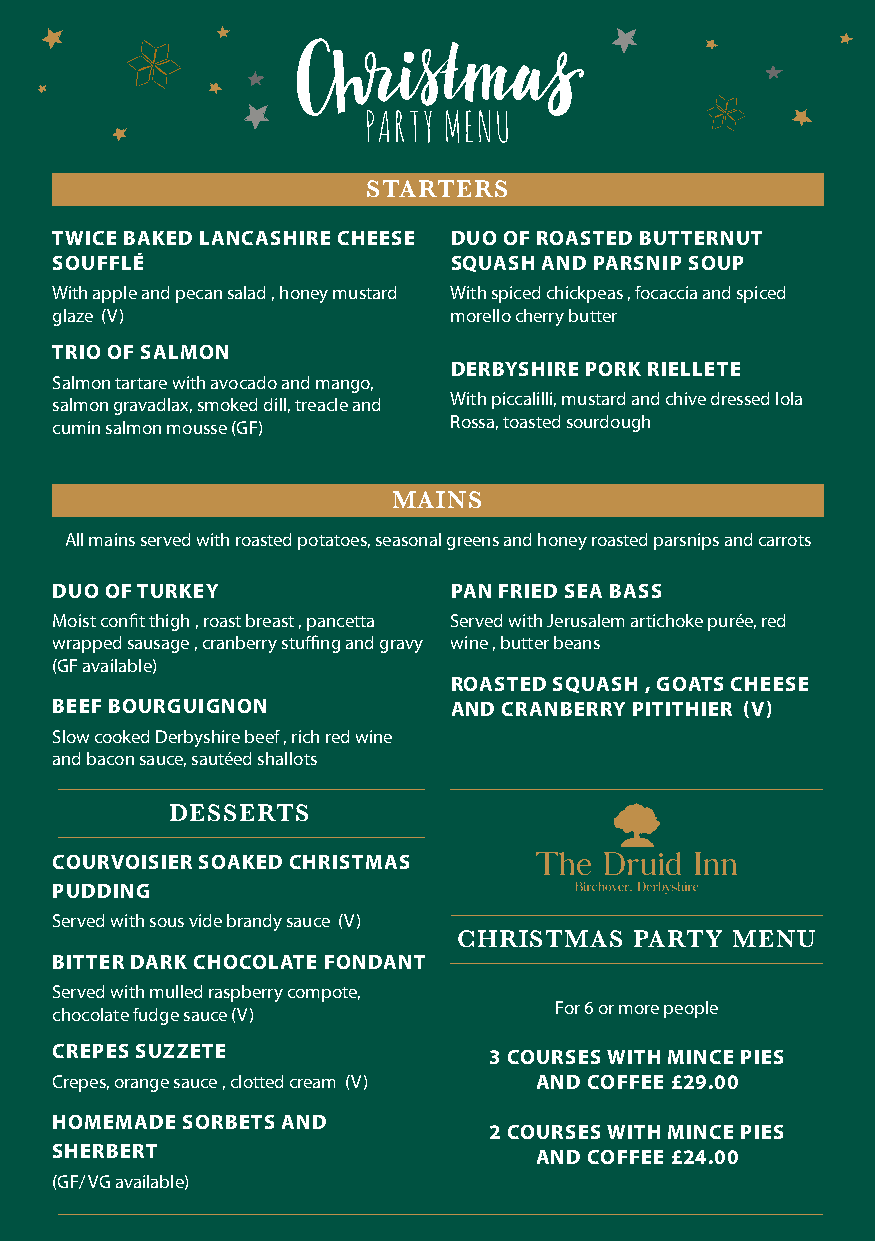
PARTY MENU
 STARTERS
 TWICE BAKED LANCASHIRE CHEESE DUO OF ROASTED BUTTERNUT
 SOUFFLÉ                    SQUASH AND PARSNIP SOUP
 With apple and pecan salad , honey mustard With spiced chickpeas , focaccia and spiced
 glaze (V)                  morello cherry butter
 TRIO OF SALMON
 DERBYSHIRE PORK RIELLETE
 Salmon tartare with avocado and mango,
 salmon gravadlax, smoked dill, treacle and With piccalilli, mustard and chive dressed lola
 cumin salmon mousse (GF)   Rossa, toasted sourdough
 MAINS
 All mains served with roasted potatoes, seasonal greens and honey roasted parsnips and carrots
 DUO OF TURKEY              PAN FRIED SEA BASS
 Moist confit thigh , roast breast , pancetta Served with Jerusalem artichoke purée, red
 wrapped sausage , cranberry stuffing and gravy wine , butter beans
 (GF available)
 ROASTED SQUASH , GOATS CHEESE
 BEEF BOURGUIGNON           AND CRANBERRY PITITHIER (V)
 Slow cooked Derbyshire beef , rich red wine
 and bacon sauce, sautéed shallots
 DESSERTS
 COURVOISIER SOAKED CHRISTMAS
 PUDDING
 Served with sous vide brandy sauce (V)
 CHRISTMAS   PARTY MENU
 BITTER DARK CHOCOLATE FONDANT
 Served with mulled raspberry compote,
 For 6 or more people
 chocolate fudge sauce (V)
 CREPES SUZZETE               3 COURSES WITH MINCE PIES
 Crepes, orange sauce , clotted cream (V) AND COFFEE £29.00
 HOMEMADE SORBETS AND
 2 COURSES WITH MINCE PIES
 SHERBERT                        AND COFFEE £24.00
 (GF/ VG available)